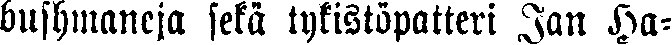
bushmaneja sekä tykistöpatteri Jan Ha-